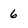
Character: 6